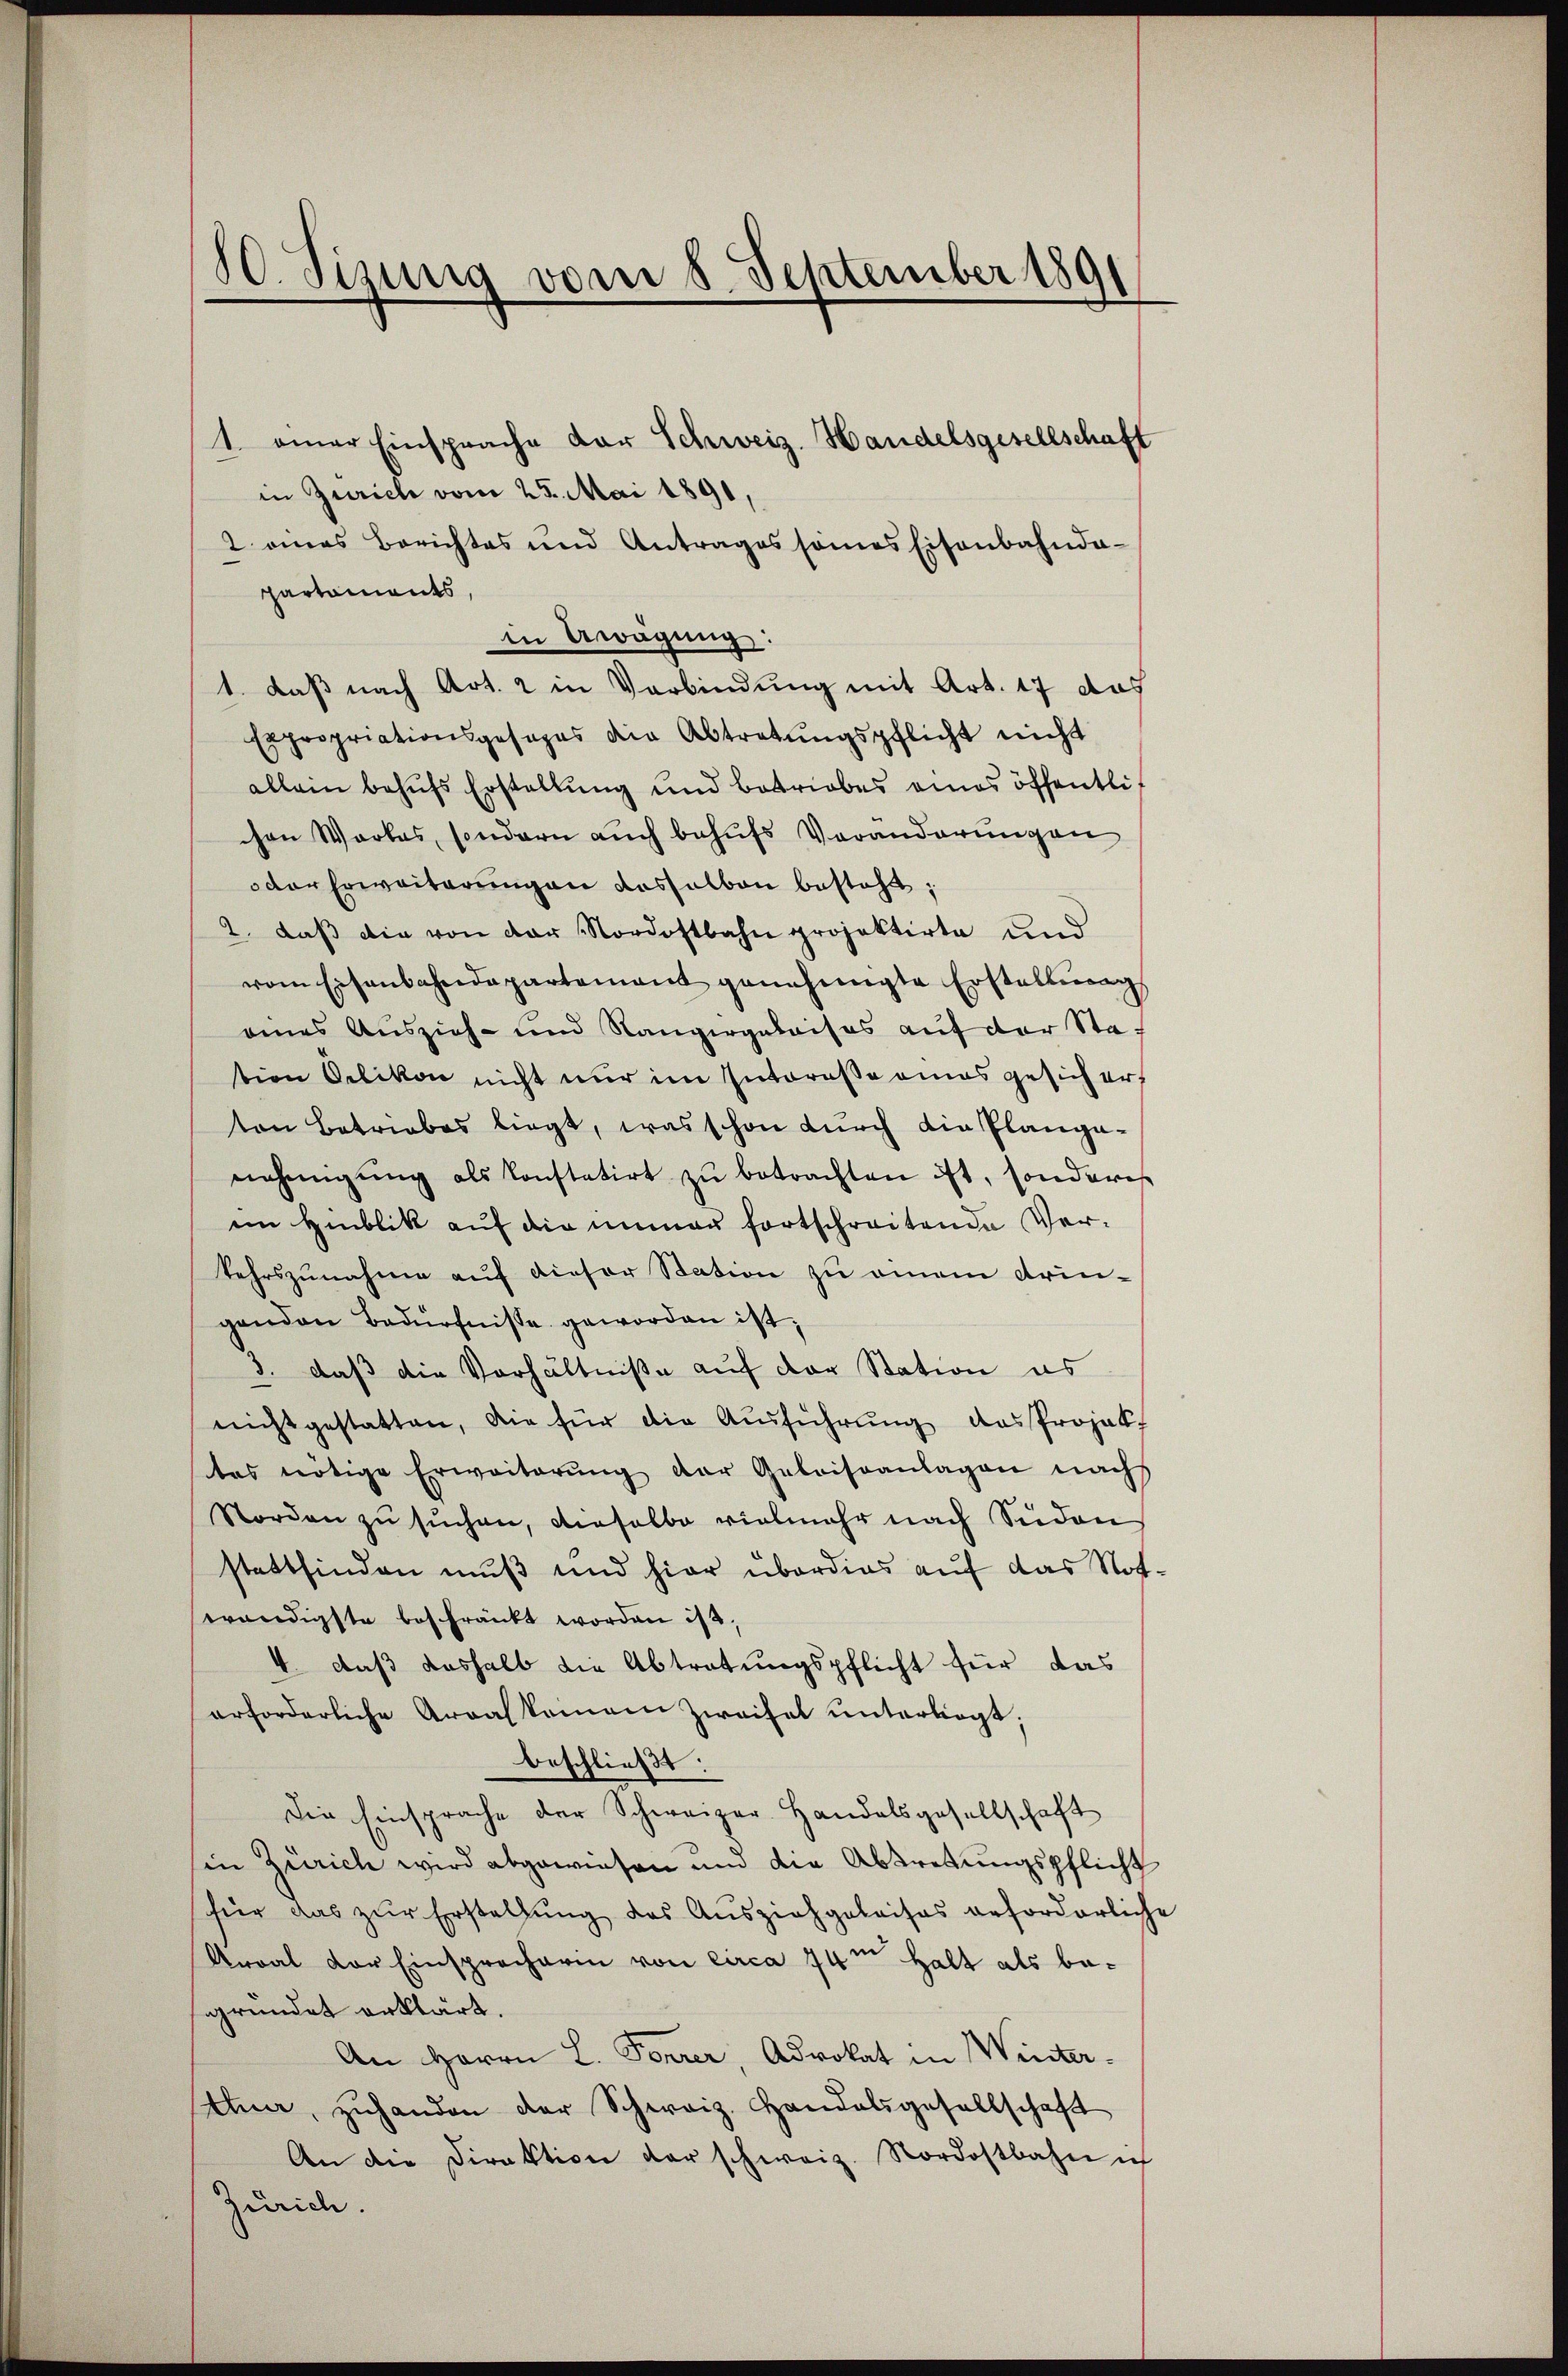
1. einer Einsprache der Schweiz. Handelsgesellschaft
in Zürich vom 25. Mai 1891,
2 eines Berichtes und Antrages seines Eisenbahnda-
partaments,
in Aragung:
1. daß nach Art. 2 in Verbindung mit Art. 17 das
Expropriationsgesages die Abtretŭngspflicht nicht
allein behufs Erstellung und betriebes eines öffentlich
chen Werkes, sondern auch behufs Veränderŭngen
oder Erweiterung an deshalben besteht;
2. daß die von der Nordostbahn projektirte und
vom Eisenbahndepartement genehmigte Erstellŭng
oenes Auszieh- und Rangergabaises auf der Station Oetikon nicht nur im Intereße amas gesichert
ton Betriebes liegt, was schon durch die Planganehmigŭng als Konstatirt zŭ betrachten ist, sonderes
im Hinblik auf die immer fortschreitende Verkehrszunahme auf dieser Station zu einem dringenden Bedürfnisse geworden ist;
3. daß die Verhältniße auf der Station es
nicht gestatten, die für die Ausführung das Projektes nötige Erweiterŭng der Geleiseanlagen nach
Norden zu suchen, dieselbe vielmehr nach Süden
stattfinden muß und hier überdies auf das Not.
wendigste beschränkt worden ist,
4. daß deshalb die Abtretungspflicht für das
erforderliche Arralkommen Zweifel unterliegt;
beschließt:
Die Einsprache der Schweizer-Handelsgesellschaft
in Zürich wird abgewiesen und die Abtretungspflicht
für das zur Erstellung des Ausziehgeleises geforderlich
Arral der Einspracharin von circa 74m Halt als begründet erklärt.
An Herrn L. Forrer, Advokat in Winterthe, zŭhanden der Schweiz. Handelsgesellschaft
An die Direktion der schweiz. Nordostbahn ich
Zürich.

10. Sizung vom 8. September 1891